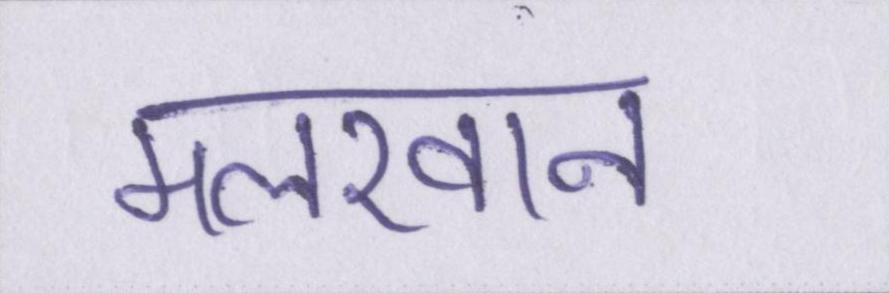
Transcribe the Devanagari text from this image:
मलखान